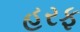
હરફ